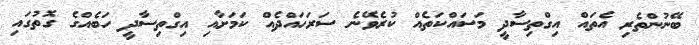
ބޭނުުންތެރި އެތައް އިގްތިސާދީ މަސައްކަތެއް ކުރެވޭނެ ސަރަހައްދެއް ކަމަށާއި އިގްތިސާދީ ހަބެއްގެ ގޮތުގައި